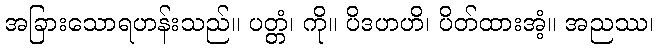
အခြားသောရဟန်းသည်။ ပတ္တံ၊ ကို။ ပိဒဟဟိ၊ ပိတ်ထားအံ့။ အညဿ၊